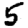
Digit: 5